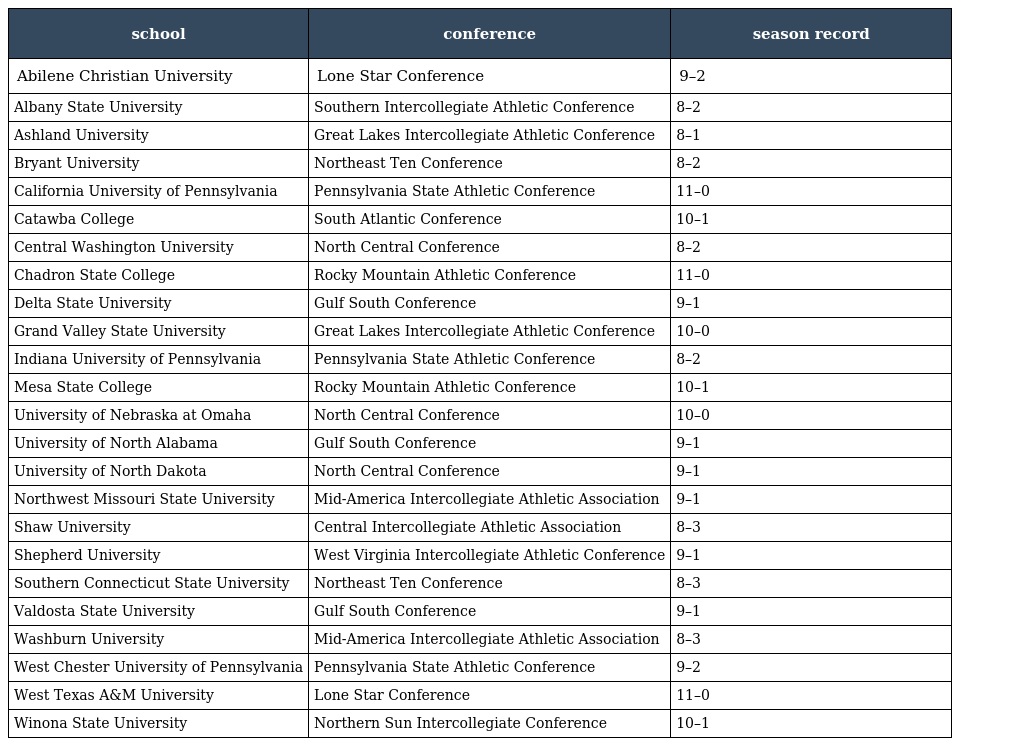
| school | conference | season record |
 | --- | --- | --- |
 | Abilene Christian University | Lone Star Conference | 9–2 |
 | Albany State University | Southern Intercollegiate Athletic Conference | 8–2 |
 | Ashland University | Great Lakes Intercollegiate Athletic Conference | 8–1 |
 | Bryant University | Northeast Ten Conference | 8–2 |
 | California University of Pennsylvania | Pennsylvania State Athletic Conference | 11–0 |
 | Catawba College | South Atlantic Conference | 10–1 |
 | Central Washington University | North Central Conference | 8–2 |
 | Chadron State College | Rocky Mountain Athletic Conference | 11–0 |
 | Delta State University | Gulf South Conference | 9–1 |
 | Grand Valley State University | Great Lakes Intercollegiate Athletic Conference | 10–0 |
 | Indiana University of Pennsylvania | Pennsylvania State Athletic Conference | 8–2 |
 | Mesa State College | Rocky Mountain Athletic Conference | 10–1 |
 | University of Nebraska at Omaha | North Central Conference | 10–0 |
 | University of North Alabama | Gulf South Conference | 9–1 |
 | University of North Dakota | North Central Conference | 9–1 |
 | Northwest Missouri State University | Mid-America Intercollegiate Athletic Association | 9–1 |
 | Shaw University | Central Intercollegiate Athletic Association | 8–3 |
 | Shepherd University | West Virginia Intercollegiate Athletic Conference | 9–1 |
 | Southern Connecticut State University | Northeast Ten Conference | 8–3 |
 | Valdosta State University | Gulf South Conference | 9–1 |
 | Washburn University | Mid-America Intercollegiate Athletic Association | 8–3 |
 | West Chester University of Pennsylvania | Pennsylvania State Athletic Conference | 9–2 |
 | West Texas A&M University | Lone Star Conference | 11–0 |
 | Winona State University | Northern Sun Intercollegiate Conference | 10–1 |